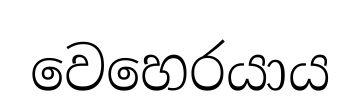
වෙහෙරයාය